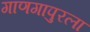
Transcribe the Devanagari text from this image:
गाणगापुरला